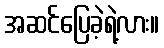
အဆင်ပြေခဲ့ရဲ့လား။